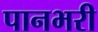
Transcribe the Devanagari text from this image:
पानभरी